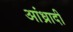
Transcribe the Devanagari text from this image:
आंध्रादी